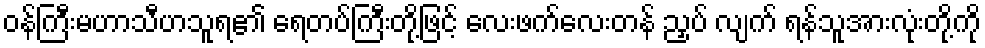
ဝန်ကြီးမဟာသီဟသူရ၏ ရေတပ်ကြီးတို့ဖြင့် လေးဖက်လေးတန် ညှပ် လျက် ရန်သူအားလုံးတို့ကို